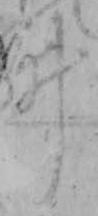
ヰ